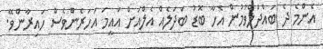
އެންމެ ދެ ބައްދަލްވުމުން އެހާ ބޮޑު ބަދަލެއް އެލްއަށް އައީމަ އަހަރެންވެސް ހައިރާންވޭ.